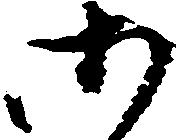
御